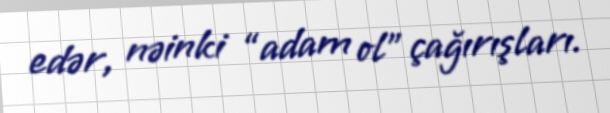
edər, nəinki “adam ol” çağırışları.